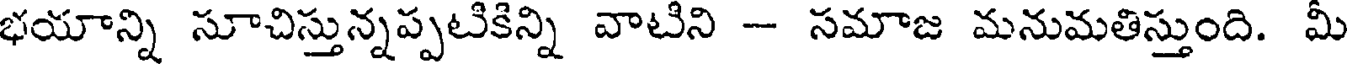
భయాన్ని సూచిస్తున్నప్పటికిన్ని వాటిని - సమాజ మనుమతిస్తుంది. మీ